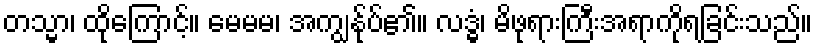
တသ္မာ၊ ထိုကြောင့်။ မေမမ၊ အကျွန်ုပ်၏။ လဒ္ဓံ၊ မိဖုရားကြီးအရာကိုရခြင်းသည်။